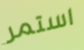
استمر